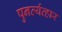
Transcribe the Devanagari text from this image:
पुनर्व्यव्हार